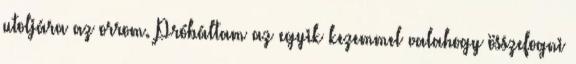
utoljára az orrom. Próbáltam az egyik kezemmel valahogy összefogni